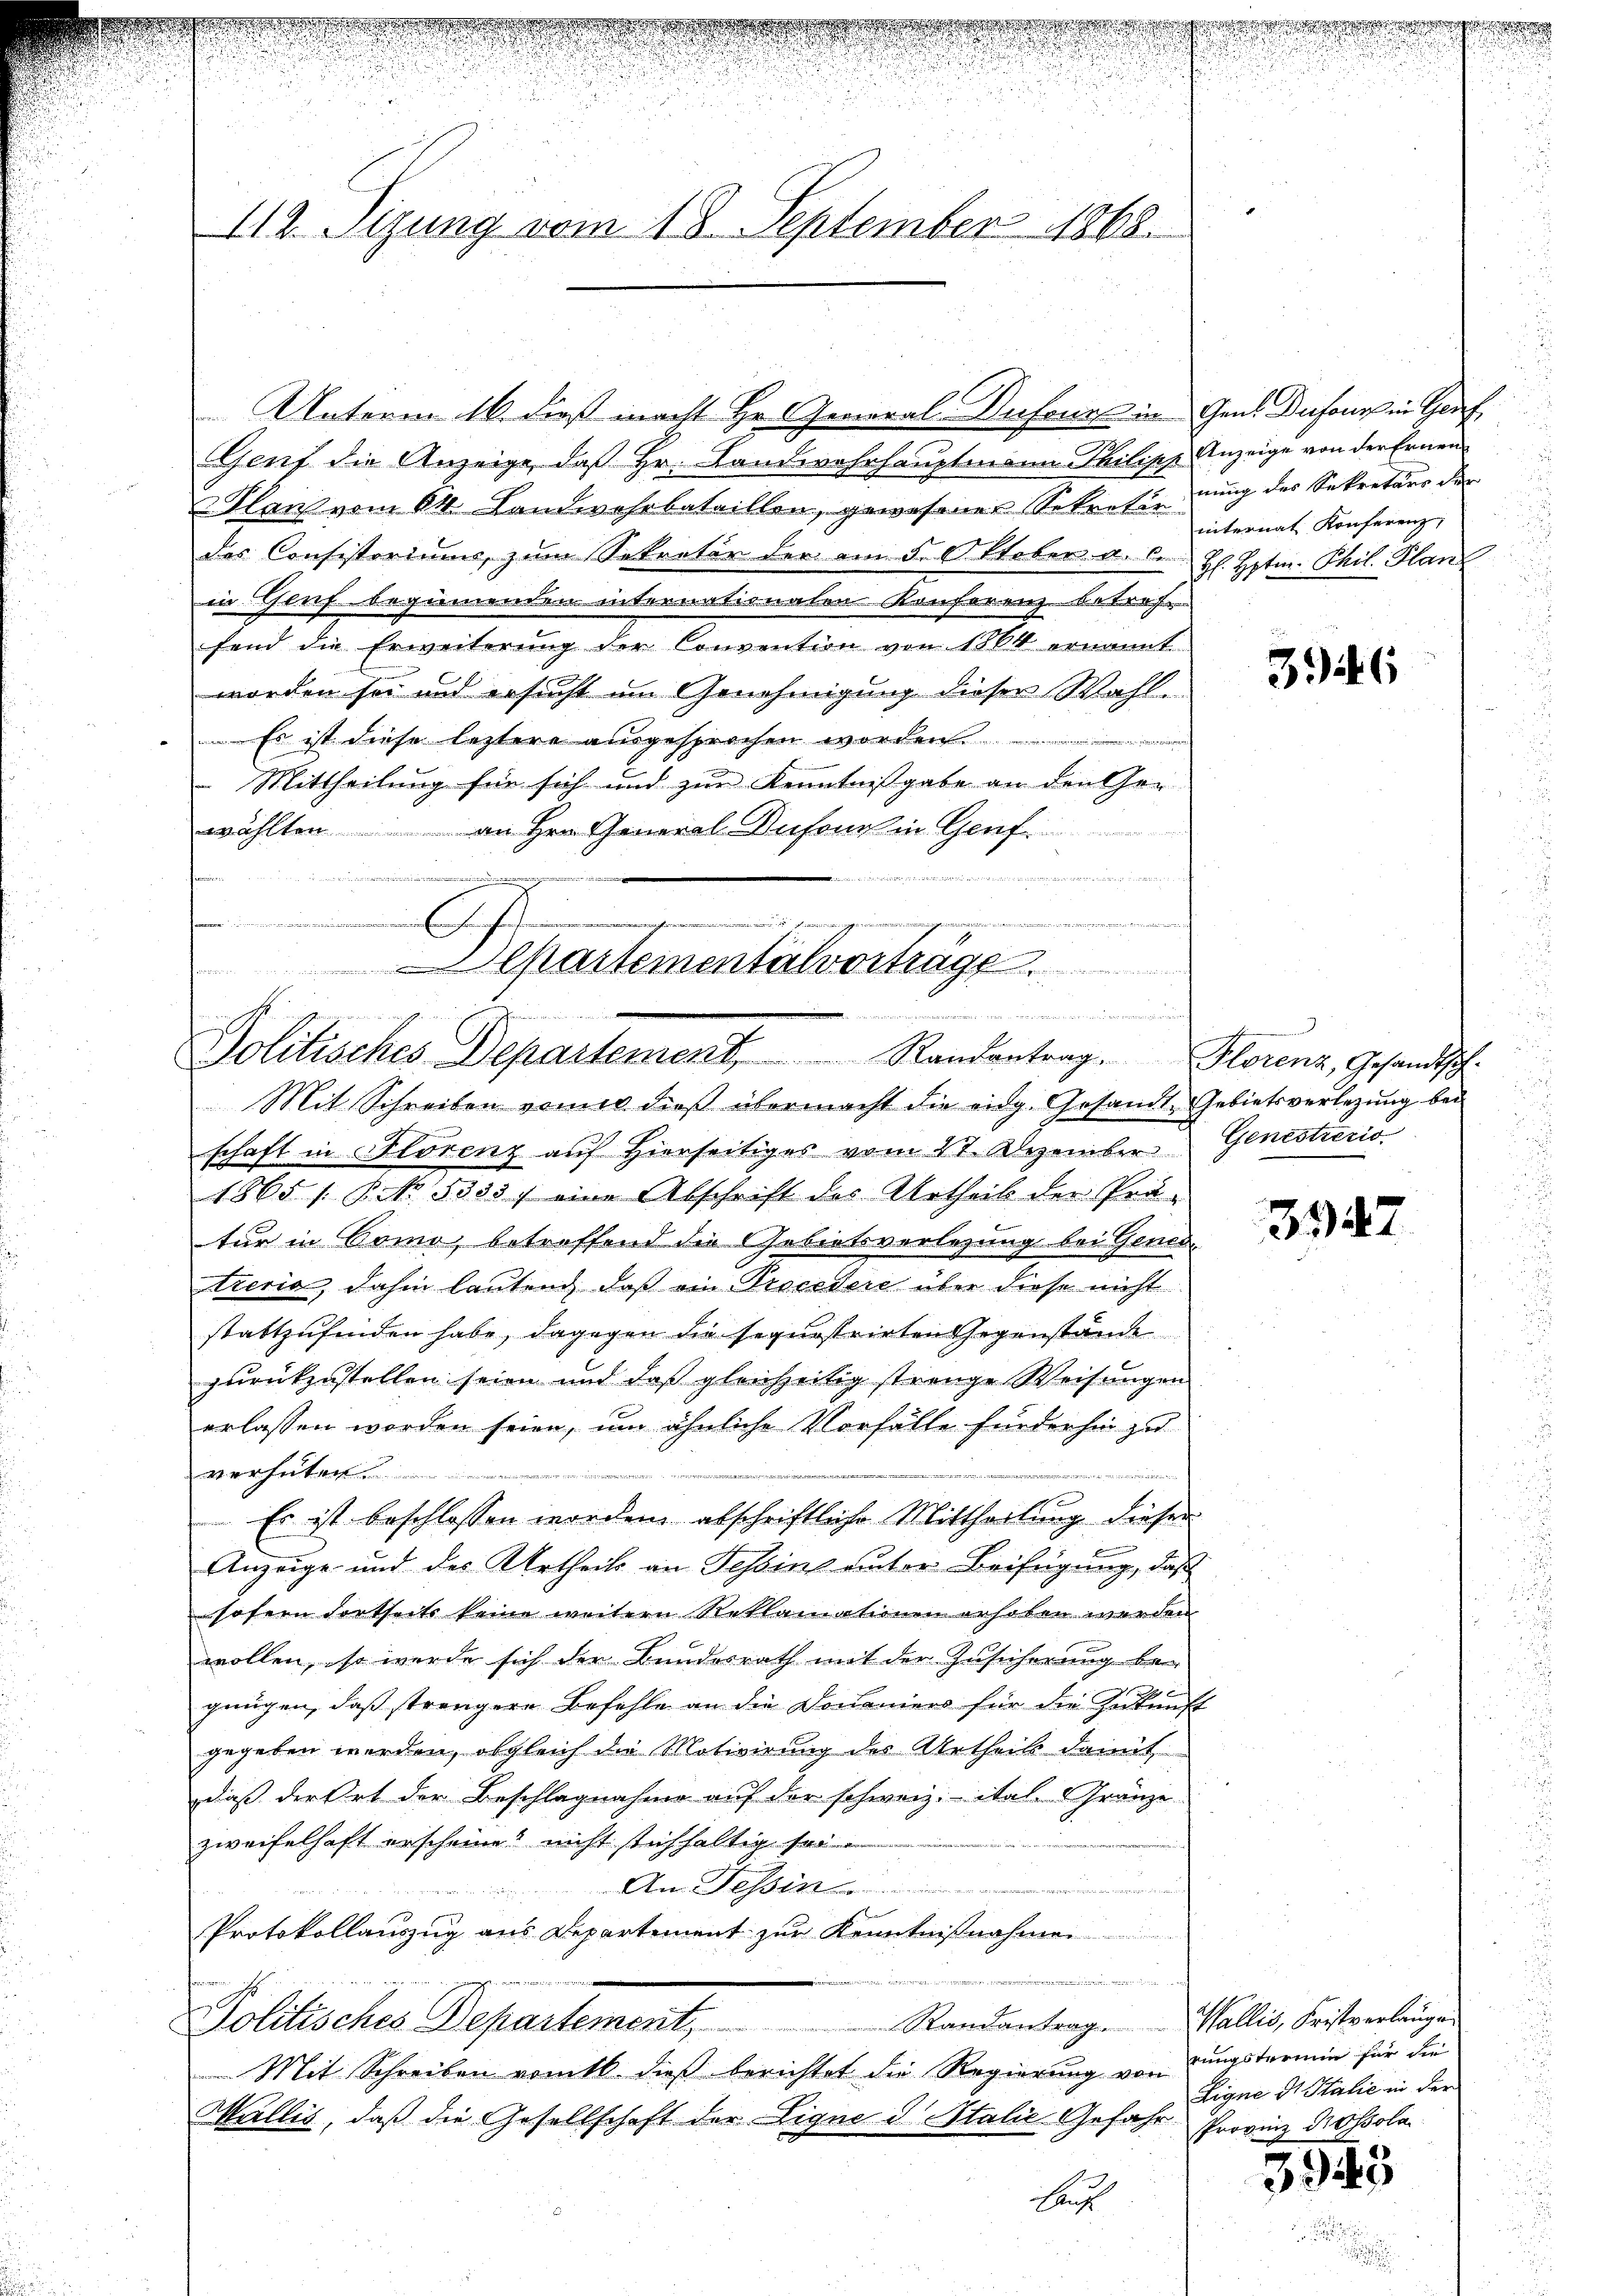
.
.
112. Segung vom 18. September 1868.

h
e
Genf die Anzeige, daß Hr. Landwahrhauptmann Philipp Anzeige von der Ernen
Ilanz vom 64. Landwehrbataillen, gewesener Sekretär nung des Sekretärs der
des Consistoriums zum Sekretär der am 5. Oktober a. b. H. Hptm. Phil. Plan
in Genf beginnenden internationalen Konferenz betref
fend die Erweiterŭng der Convention von 1864 ernannt
worden sei und ersucht im Genehmigung dieser Wahl¬
Es ist diese leztere ausgesprochen worden.
 Mittheilung für sich und zur Kenntnißgabe an den Gewählten an Hrn. General-Dufour in Genf
...........
enferen

epartementalvortrage
 an, wie wenn es
Schren wir wir in der sche minen seinen weren werden
Politisches Departement Randantrag. Florenz, Gesandtsch-
Mit Schreiben vomit dieß übermacht die eidg. Gesandt-Gebietsverlegung bei

Unterm 16. dieß macht Hr. General-Dufours in Gent Dufour in Graf,

schaft in Florenz auf hierseitiges vom 22. Dezember Genestrezio
1865 /: P. Nr. 3333. eine Abschrift des Urtheil der Prä-
tur in Como, betreffend die Gebietsverlegung bei Gener
tzeris, dahin lautend, daß ein Procedere über diese nicht
stattzufinden habe, dagegen die sequestrirten Gegenstände
zurückzustellen seien und daß gleichzeitig strenge Weisungen
erlassen worden seien, um ähnliche Vorfälle fürderhin zu
verhüten.

Es ist beschlossen worden abschriftliche Mittheilung dieser
Anzeige und des Urtheils an Tessins unter Beifügung, daß
sofern dortseits keine weitern Reklamationen erhoben worden
wollen, ist werde sich der Bundesrath mit der Zusicherung begnügen, daß strengere Befehle an die Douaniers für die Zukunft
gegeben werden, obgleich die Motivirung des Urtheil damit
daß der Ort der Beschlagnahme auf der schweiz. ital. Gränze
zweifelhaft erscheinet nicht stichhaltig sei
An Tessin
Protokollauszug aus Departement zur Kenntnißnahmen.

Randantrag. Wallis, Fristverlangen
Pollisches Departement,
Mit Schreiben vomtl. dieß berichtet die Regierung von
Wallis, daß die Gesellschaft der Signe d Italić Gefahr Provinz Nossola
Haus

wo wiederge

internat Konferenz,

3946

he

3347

rungstermin für die
Eigne dr Italie in der

3945